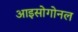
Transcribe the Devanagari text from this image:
आइसोगोनल